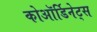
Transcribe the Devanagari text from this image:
कोऑर्डिनेट्स